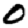
Digit: 0